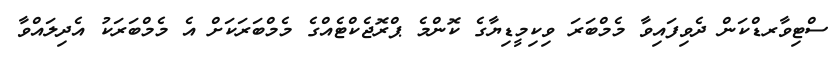
ސްޓިވާރޑްކަން ދެވިފައިވާ މެމްބަރަ ވިކިމީޑިޔާގެ ކޮންމެ ޕްރޮޖެކްޓެއްގެ މެމްބަރަކަށް އެ މެމްބަރަކު އެދިލައްވާ